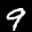
Label: 9